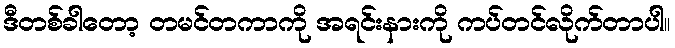
ဒီတစ်ခါတော့ တမင်တကာကို အရင်းနားကို ကပ်တင်လိုက်တာပါ။